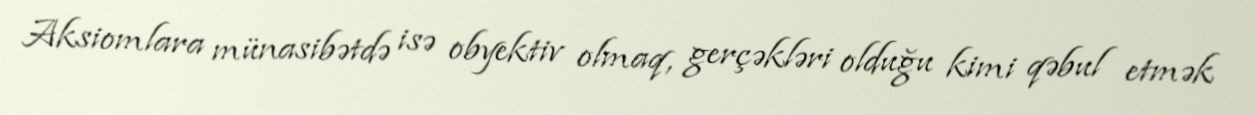
Aksiomlara münasibətdə isə obyektiv olmaq, gerçəkləri olduğu kimi qəbul etmək